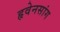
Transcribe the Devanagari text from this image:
हृवेनसांग